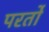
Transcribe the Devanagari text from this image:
परर्तो